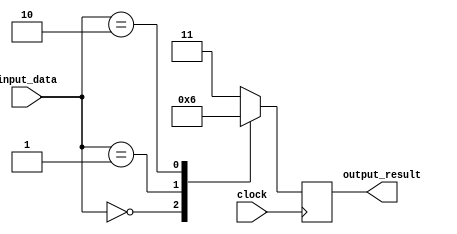
module unique_case_statement (
    input wire [2:0] input_data,
    input wire clock,
    output reg [1:0] output_result
);

always @ (posedge clock) begin
    case (input_data)
        3'b000: output_result <= 2'b00;
        3'b001: output_result <= 2'b01;
        3'b010: output_result <= 2'b10;
        default: output_result <= 2'b11;
    endcase
end

endmodule